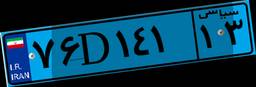
۰۹D۵۰۱۲۸